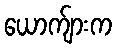
ယောက်ျားက